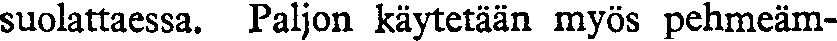
suolattaessa. Paljon käytetään myös pehmeäm-